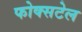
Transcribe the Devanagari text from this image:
फोक्सटेल